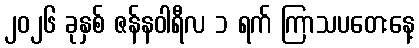
၂၀၂၆ ခုနှစ် ဇန်နဝါရီလ ၁ ရက် ကြာသပတေးနေ့